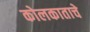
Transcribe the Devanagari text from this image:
कोलकाताचे